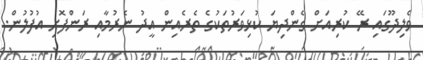
ވެލިދޫގައި ރޭ ކުރިއަށް ގެންދިޔަ ކުޅިވަރުތަކުގެ ތެރެއިން އީދު ނެރުމާއި ރަންފޮށި އުފުލުން.